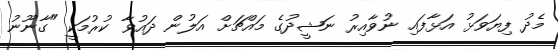
މެދު ފިޔަވަޅު އަޅާފައި ނުވާއިރު ނަޝީދުގެ މައްޗަށް އަލުން ދަައުވާ ކުރުމަކީ "ގާނޫނު